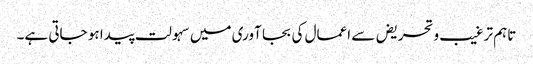
تاہم ترغیب وتحریض سے اعمال کی بجا آوری میں سہولت پیدا ہو جاتی ہے۔